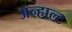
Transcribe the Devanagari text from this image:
अन्हाल्ट